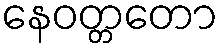
နေဝတ္တတော